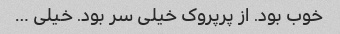
خوب بود. از پرپروک خیلی سر بود. خیلی …